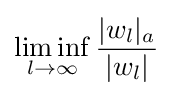
\liminf _{l\to \infty }{\frac {|w_{l}|_{a}}{|w_{l}|}}